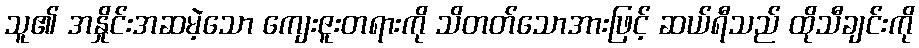
သူ၏ အနှိုင်းအဆမဲ့သော ကျေးဇူးတရားကို သိတတ်သောအားဖြင့် ဆယ်ရီသည် ထိုသီချင်းကို